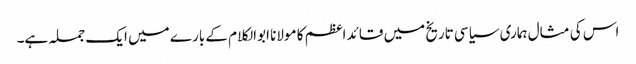
اس کی مثال ہماری سیاسی تاریخ میں قائد اعظم کا مولانا ابوالکلام کے بارے میں ایک جملہ ہے۔